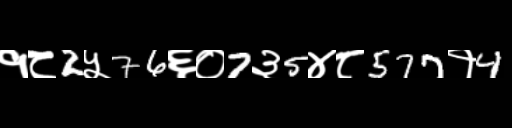
Text: १८2५76६०7३5४८577१4